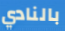
بالنادي